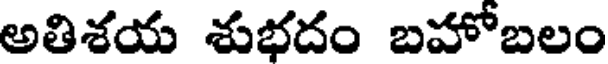
అతిశయ శుభదం బహోబలం